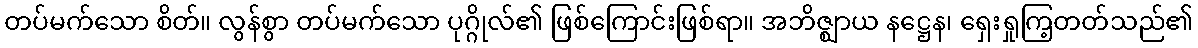
တပ်မက်သော စိတ်။ လွန်စွာ တပ်မက်သော ပုဂ္ဂိုလ်၏ ဖြစ်ကြောင်းဖြစ်ရာ။ အဘိဇ္ဈာယ နဋ္ဌေန၊ ရှေးရှုကြ့တတ်သည်၏